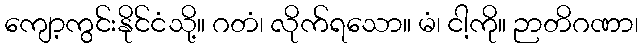
ကျော့ကွင်းနိုင်ငံသို့။ ဂတံ၊ လိုက်ရသော။ မံ၊ ငါ့ကို။ ဉာတိဂဏာ၊